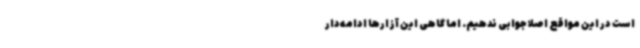
است در این مواقع اصلاً جوابی ندهیم. اما گاهی این آزارها ادامه‌دار